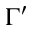
\Gamma ^ { \prime }